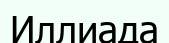
Иллиада